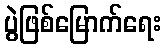
ပွဲဖြစ်မြောက်ရေး